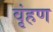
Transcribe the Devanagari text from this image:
वृंहण